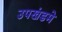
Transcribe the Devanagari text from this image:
उपखंडमे